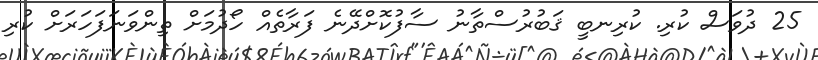
25 ދުވަސް ކުރި. ކުރިނބީ ޤަބުރުސްތާނު ސާފުކޮށްދޭނެ ފަރާތެއް ހޯދުމަށް ތިންވަނަފަހަރަށް ކުރި